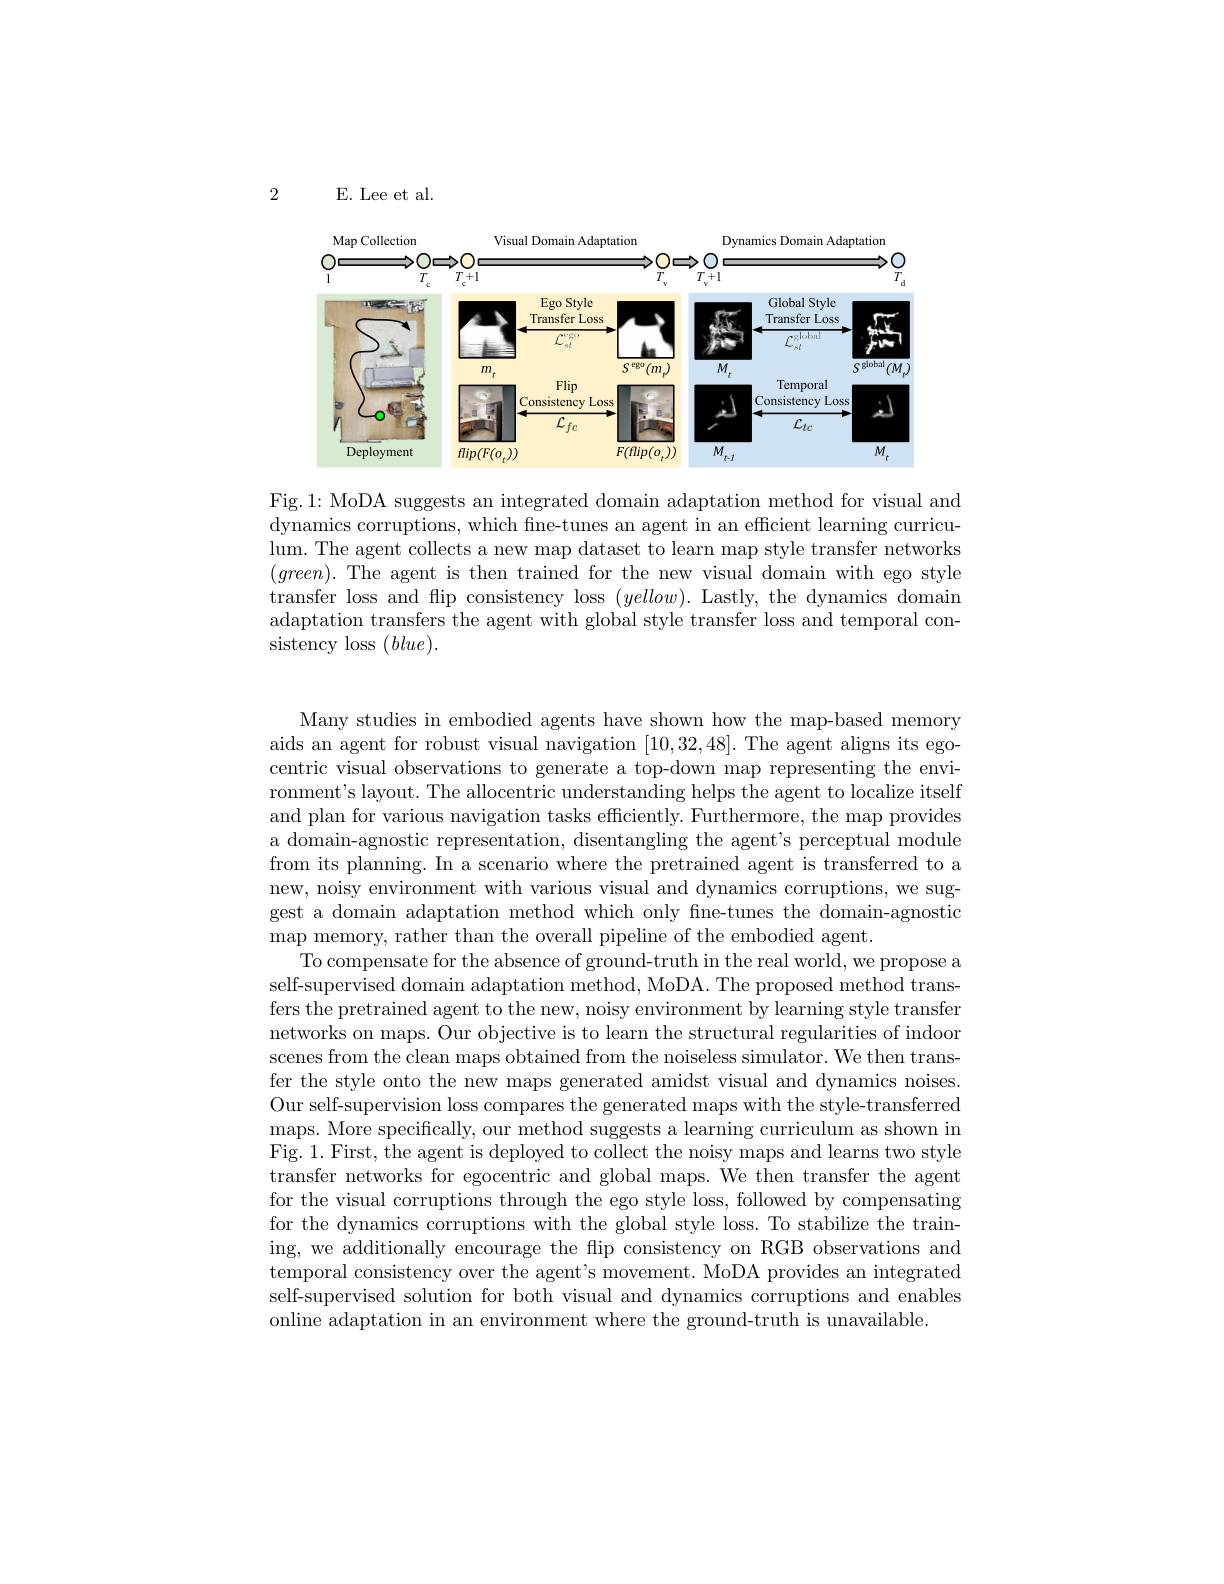
2

E. Lee et al.

<FigureHere>

Fig.1: MoDA suggests an integrated domain adaptation method for visual and dynamics corruptions, which fne-tunes an agent in an efficient learning curriculum. The agent collects a new map dataset to learn map style transfer networks $(green).$ The agent is then trained for the new visual domain with ego style transfer loss and flip consistency loss $(yellow).$ Lastly, the dynamics domain adaptation transfers the agent with global style transfer loss and temporal consistency loss $(blue).$

Many studies in embodied agents have shown how the map-based memory aids an agent for robust visual navigation [10,32,48]. The agent aligns its egocentric visual observations to generate a top-down map representing the environment's layout. The allocentric understanding helps the agent to localize itself and plan for various navigation tasks efficiently. Furthermore, the map provides a domain-agnostic representation, disentangling the agent's perceptual module from its planning. In a scenario where the pretrained agent is transferred to a new, noisy environment with various visual and dynamics corruptions, we suggest a domain adaptation method which only fine-tunes the domain-agnostic map memory, rather than the overall pipeline of the embodied agent.
To compensate for the absence of ground-truth in the real world, we propose a self-supervised domain adaptation method, MoDA. The proposed method transfers the pretrained agent to the new, noisy environment by learning style transfer networks on maps. Our objective is to learn the structural regularities of indoor scenes from the clean maps obtained from the noiseless simulator. We then trans fer the style onto the new maps generated amidst visual and dynamics noises. Our self-supervision loss compares the generated maps with the style-transferred maps. More specifically, our method suggests a learning curriculum as shown in Fig. 1. First, the agent is deployed to collect the noisy maps and learns two style transfer networks for egocentric and global maps. We then transfer the agent for the visual corruptions through the ego style loss, followed by compensating for the dynamics corruptions with the global style loss. To stabilize the training, we additionally encourage the flip consistency on RGB observations and temporal consistency over the agent's movement. MoDA provides an integrated self-supervised solution for both visual and dynamics corruptions and enables online adaptation in an environment where the ground-truth is unavailable